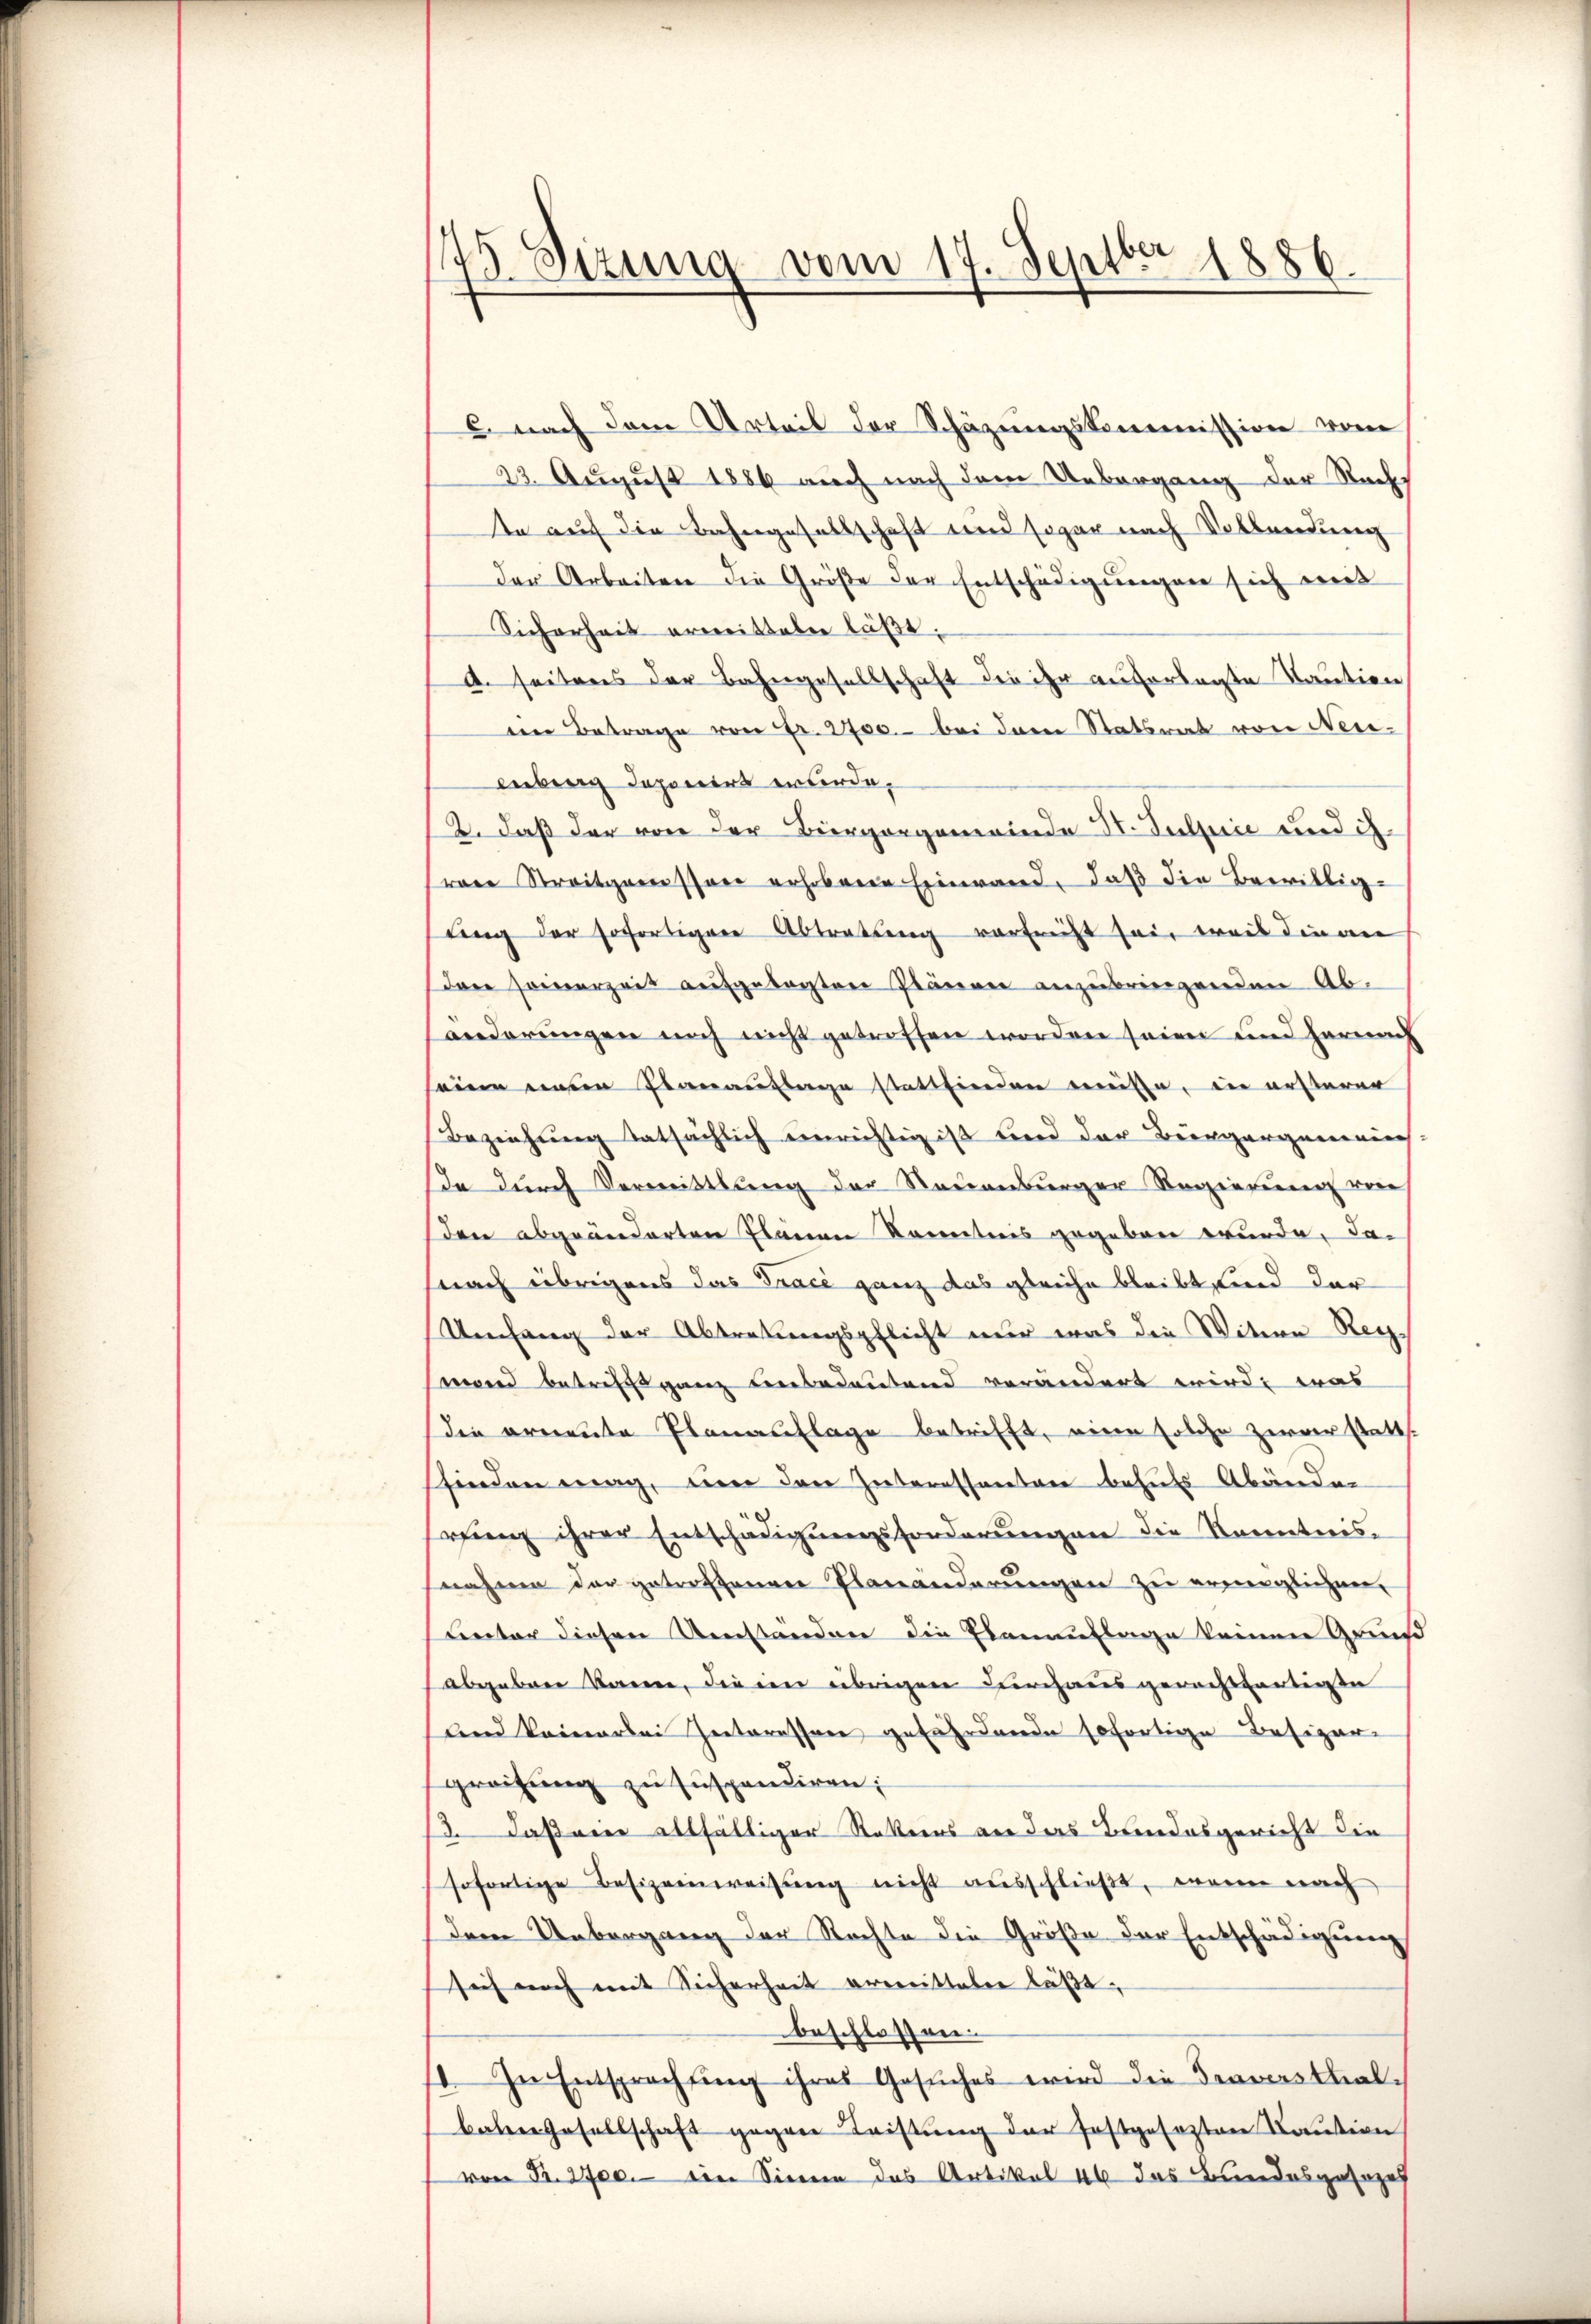
75 Sizung vom 17. Septbr 1886.

C. nach dem Urteil der Schäzŭngskommission vom
23. August 1886 auch nach dem Uebergang der Nachs
te auf die Bahngesellschaft und sogar nach Vollendung
Der Arbeiten die Größe der Entschädigungen sich weit
Sicherheit erweitteten läßt.
d. seitens der Bahngesellschaft die ihr auferlegte Taution
en Betrage von Fr. 2700.- bei dem Statsrat von Neuenberg deponirt wurde.
2. daß der von der Biergergemeinde St. Julpice und ih
rare Streitgemessere erhobene Einwand, daß die Bewillig-
ling der sofortigere Abtratung verfrecht sei, weil die an
den seinerzeit aufgebachten Plänen anzubringenden Abänderungen noch nicht getroffen worden seien und hernach
eine ein Planauflage stattfinden müsse, die ersterer
Beziehung tatsächlich einrichtig ist und der Burgergemeins
da durch Vermittlung der Neuenburger Regierung von
den abgeänderten Plänen Kenntnis gegeben wurde, da-
nach übrigens das Trace ganz das gleiche bleibt sind der
Umfang der Abtretungspflicht nur was die Witwe Reg
mand betriff ganz einbedeutend verändert werde, was
die ernente Planauflage betrifft, eine solche zerrer statt.
finden mag, um den Interessanten behufs Abänder
ring ihrer Entschädigungsforderungen die Kenntnis-
nahme der getroffenen Planänderŭngen zu ermöglichen,
Lnter diesen Umständen die Elenauflage keinen Grund
abgebrer kann, die im übrigen durchaus gerachtfertige
und keinerlei Hinteressen gefährdende sofortige Besizer-
greifung zu suspendiren;
13. daß ane allfältiger Stattens an das Bundesgericht die
sofortige Besizeinweisung nicht ausschließt, wenn nach
dem Uebergang der Rechte die Größe der Entschädigung
sich noch mit Sicherheit ermitteler läßt,
beschlossen.
1. In Entsprachtung ihres Gesŭches wird die Traversthalbaten Gesellschaft gegen Leistung der festgesezten Caution
von Fr. 2700.- ein Sinne das Artikal 46 das Bundesgesezes